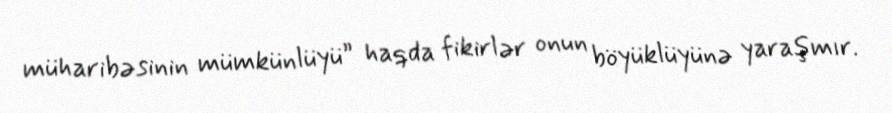
müharibəsinin mümkünlüyü” haqda fikirlər onun böyüklüyünə yaraşmır.